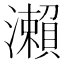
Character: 瀨